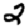
Digit: 2